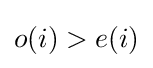
o(i)>e(i)